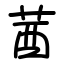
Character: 莤